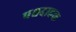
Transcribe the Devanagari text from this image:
पश्चदाहक